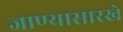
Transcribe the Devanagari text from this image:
जाण्यासारखे